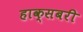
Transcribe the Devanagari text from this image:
हाक्सबरी